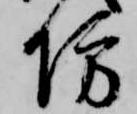
坊